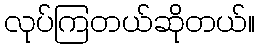
လုပ်ကြတယ်ဆိုတယ်။